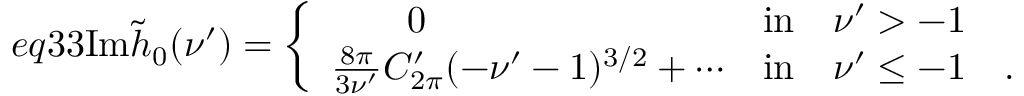
e q 3 3 \mathrm { I m } \tilde { h } _ { 0 } ( \nu ^ { \prime } ) = \left\{ \begin{array} { l l } { { \qquad 0 } } & { { \mathrm { i n } \quad \nu ^ { \prime } > - 1 } } \\ { { \frac { 8 \pi } { 3 \nu ^ { \prime } } C _ { 2 \pi } ^ { \prime } ( - \nu ^ { \prime } - 1 ) ^ { 3 / 2 } + \cdots } } & { { \mathrm { i n } \quad \nu ^ { \prime } \leq - 1 \quad . } } \end{array} \right.